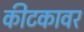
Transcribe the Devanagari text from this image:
कीटकावर